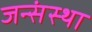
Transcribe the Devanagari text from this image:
जन्संस्था